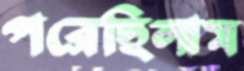
পরেছিলাম